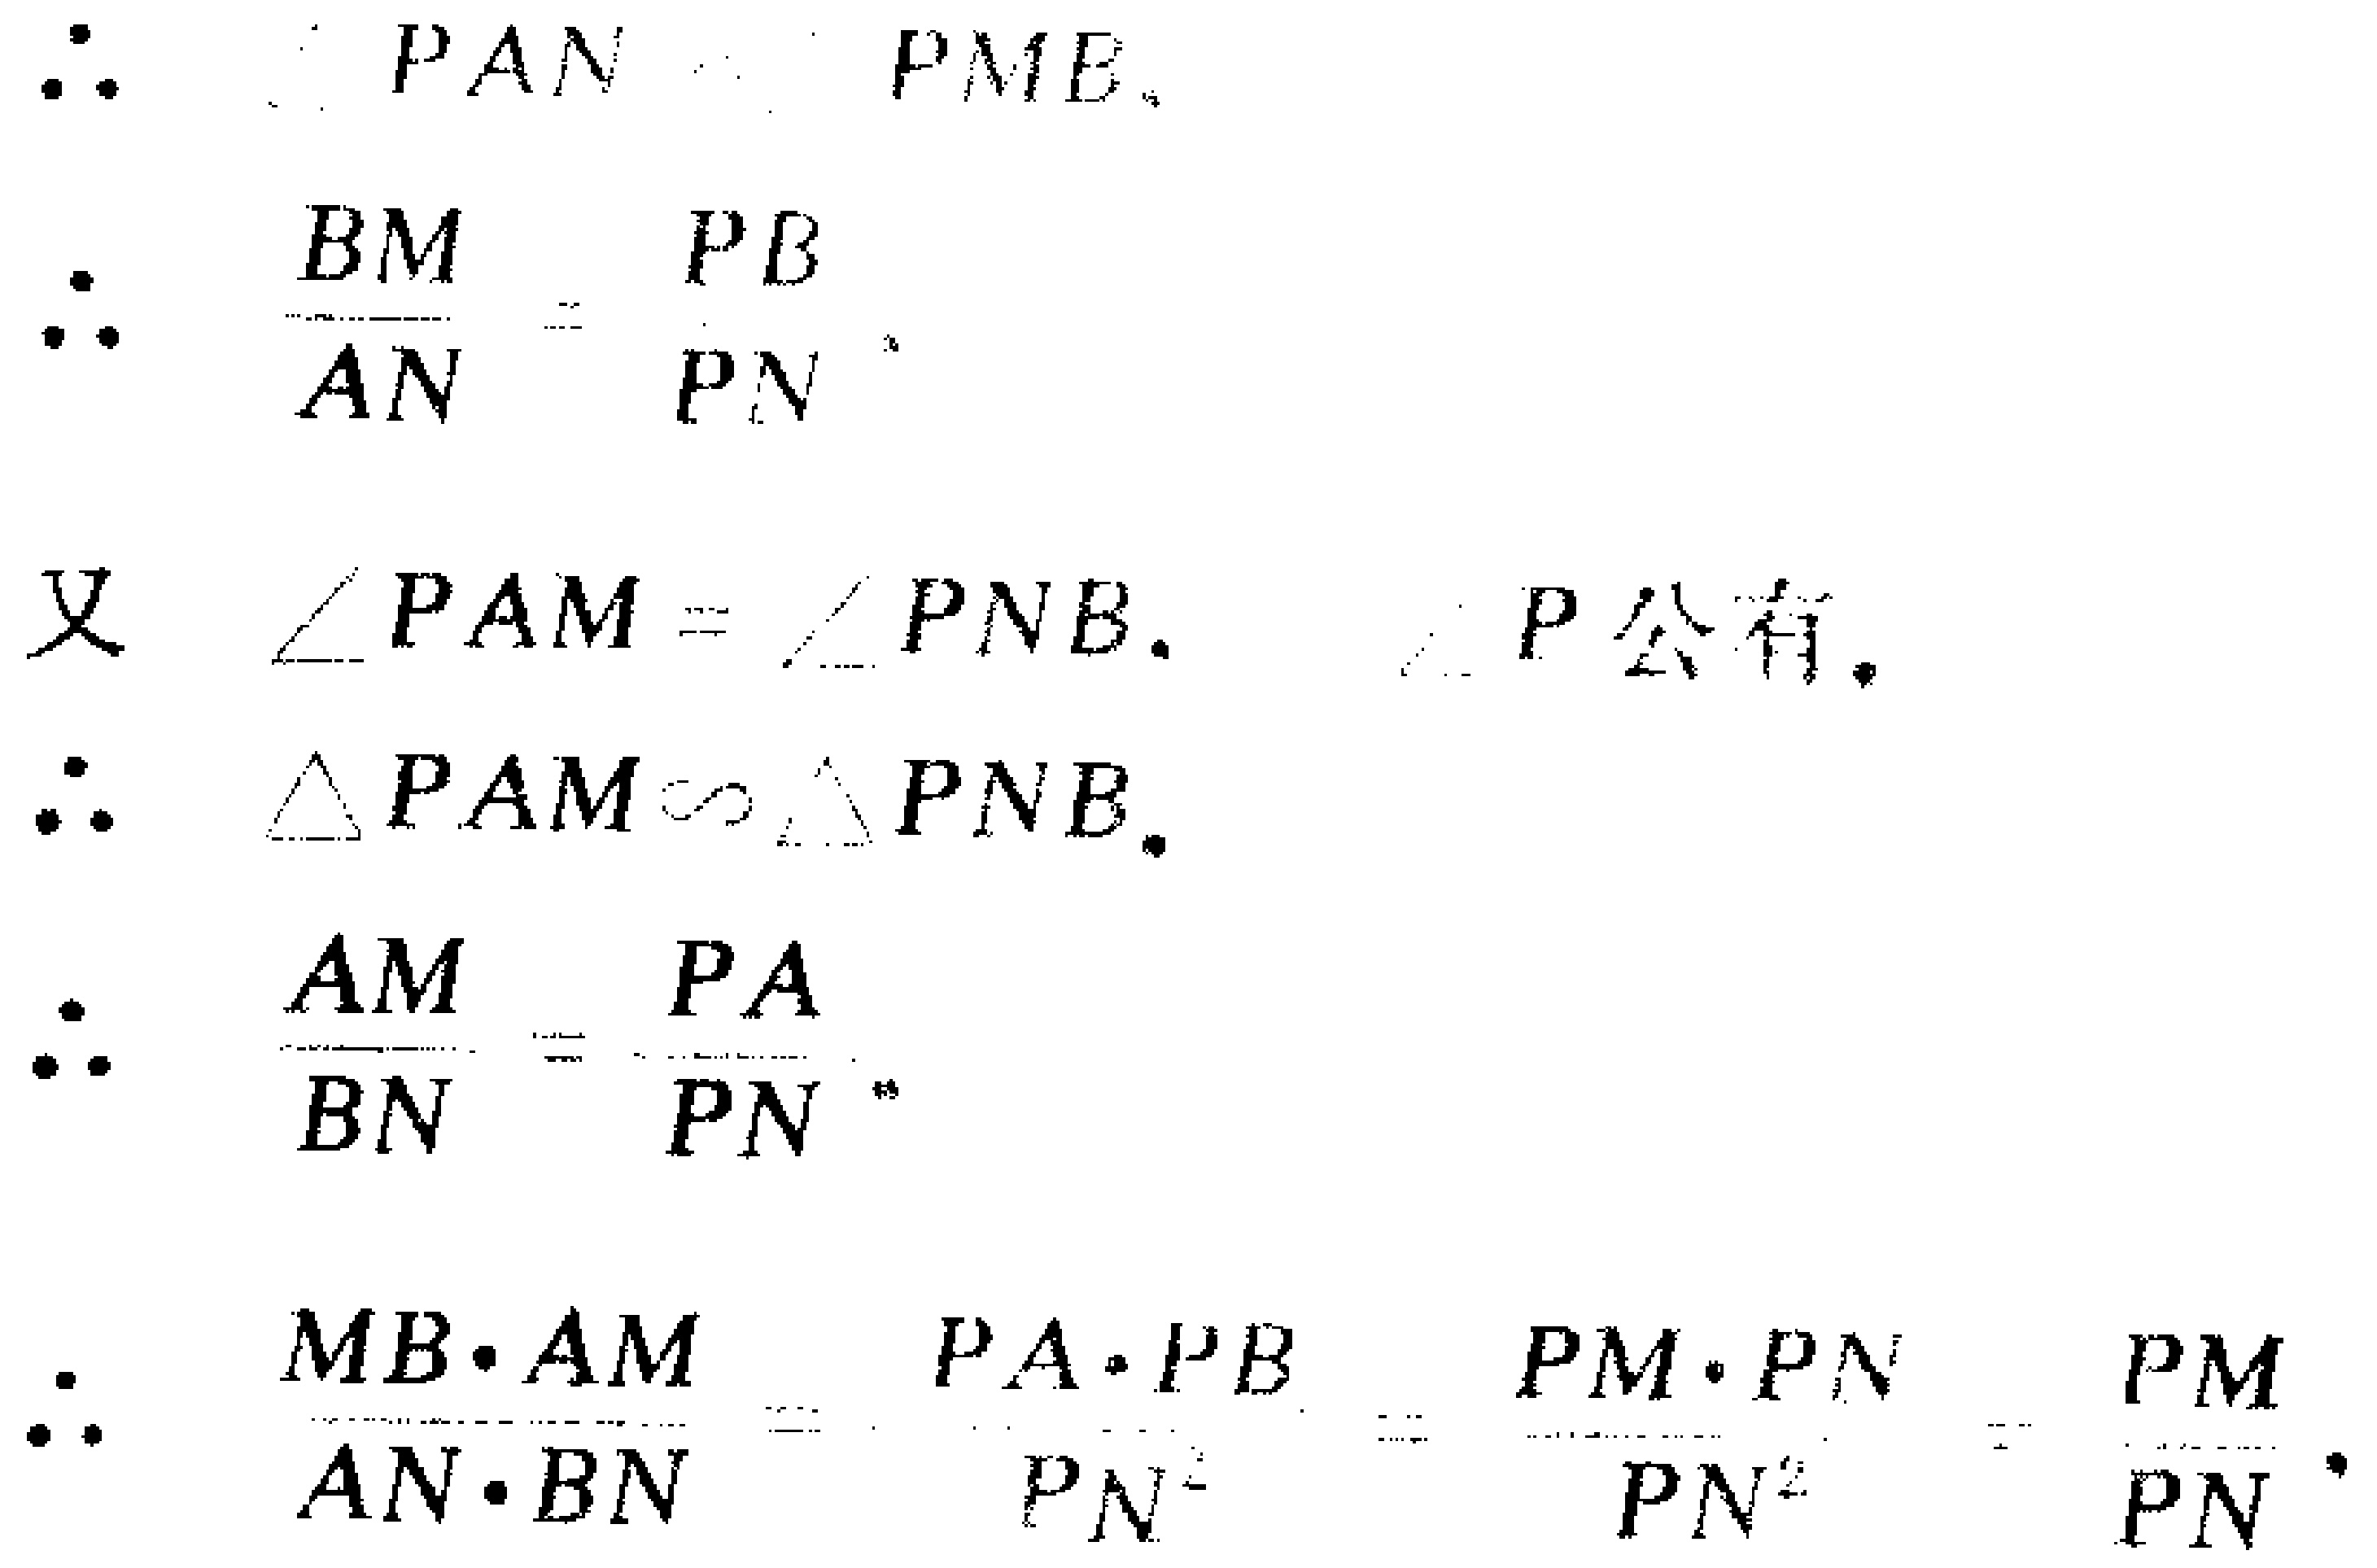
$\begin{align*}

&\therefore \triangle PAN\sim\triangle PMB.\\

&\therefore \frac{BM}{AN}=\frac{PB}{PN}.\\

&\text{又 }\angle PAM = \angle PNB,\ \angle P\text{ 公有}.\\

&\therefore \triangle PAM\sim\triangle PNB.\\

&\therefore \frac{AM}{BN}=\frac{PA}{PN}.\\

&\therefore \frac{MB\cdot AM}{AN\cdot BN}=\frac{PA\cdot PB}{PN^{2}}=\frac{PM\cdot PN}{PN^{2}}=\frac{PM}{PN}.

\end{align*}$